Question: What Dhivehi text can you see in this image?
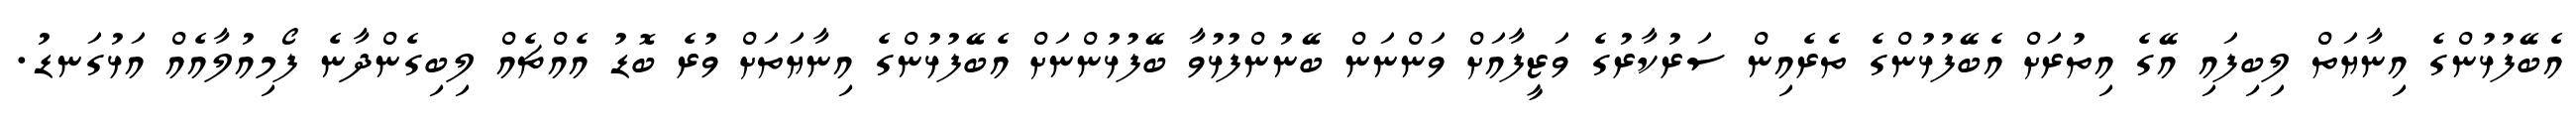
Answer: އެބޭފުޅުންގެ އިނާޔަތް ލިބިފައި އޭގެ އިތުރަށް އެބޭފުޅުންގެ ތެރެއިން ސަރުކާރުގެ ވަޒީފާއަށް ވަންނަން ބޭނުންފުޅުވާ ބޭފުޅުންނަށް އެބޭފުޅުންގެ އިނާޔަތަށް ވުރެ ބޮޑު އެއްޗެއް ލިބިގެންދާނެ ފޯމިއުލާއެއް އަޅުގަނޑު.